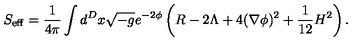
S _ { \mathrm { e f f } } = \frac { 1 } { 4 \pi } \int d ^ { D } x \sqrt { - g } e ^ { - 2 \phi } \left( R - 2 \Lambda + 4 ( \nabla \phi ) ^ { 2 } + \frac { 1 } { 1 2 } H ^ { 2 } \right) .